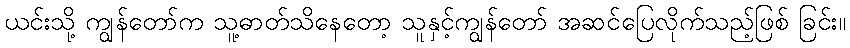
ယင်းသို့ ကျွန်တော်က သူ့ဓာတ်သိနေတော့ သူနှင့်ကျွန်တော် အဆင်ပြေလိုက်သည့်ဖြစ် ခြင်း။